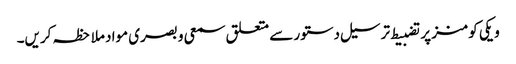
ویکی کومنز پر تضبیط ترسیل دستور سے متعلق سمعی و بصری مواد ملاحظہ کریں۔